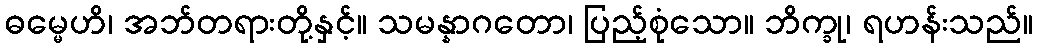
ဓမ္မေဟိ၊ အဘ်တရားတို့နှင့်။ သမန္နာဂတော၊ ပြည့်စုံသော။ ဘိက္ခု၊ ရဟန်းသည်။